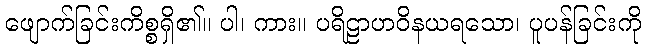
ဖျောက်ခြင်းကိစ္စရှိ၏။ ပါ၊ ကား။ ပရိဠာဟဝိနယရသော၊ ပူပန်ခြင်းကို